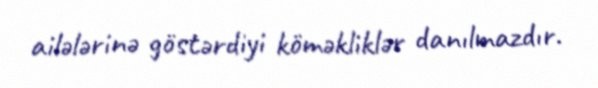
ailələrinə göstərdiyi köməkliklər danılmazdır.